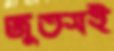
জুতসই